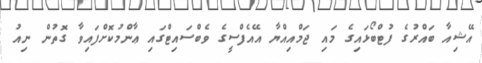
އޭޝިއާ ބައްރުގެ ފުޓްބޯޅައިގެ މައި ޖަމްއިއްޔާ އޭއެފްސީގެ ވެބްސައިޓްގައި ޢާންމުކޮށްފައިވާ ގޮތުން ނިއު